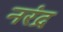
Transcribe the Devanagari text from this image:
नरंद्र